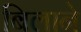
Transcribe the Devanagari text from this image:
बिलाने